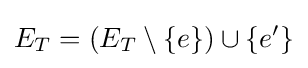
E_{T}=(E_{T}\setminus \{e\})\cup \{e'\}